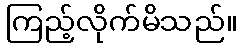
ကြည့်လိုက်မိသည်။